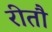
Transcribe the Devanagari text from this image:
रीतौ